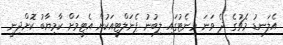
އެލަނޑު މެޗުގެ ދެ ވަނަ މިނެޓުގައި ލިބުނު ޕެނަލްޓީއަކުން އެޓީމަށް ކާމިޔާބު ކޮށްދިނީ